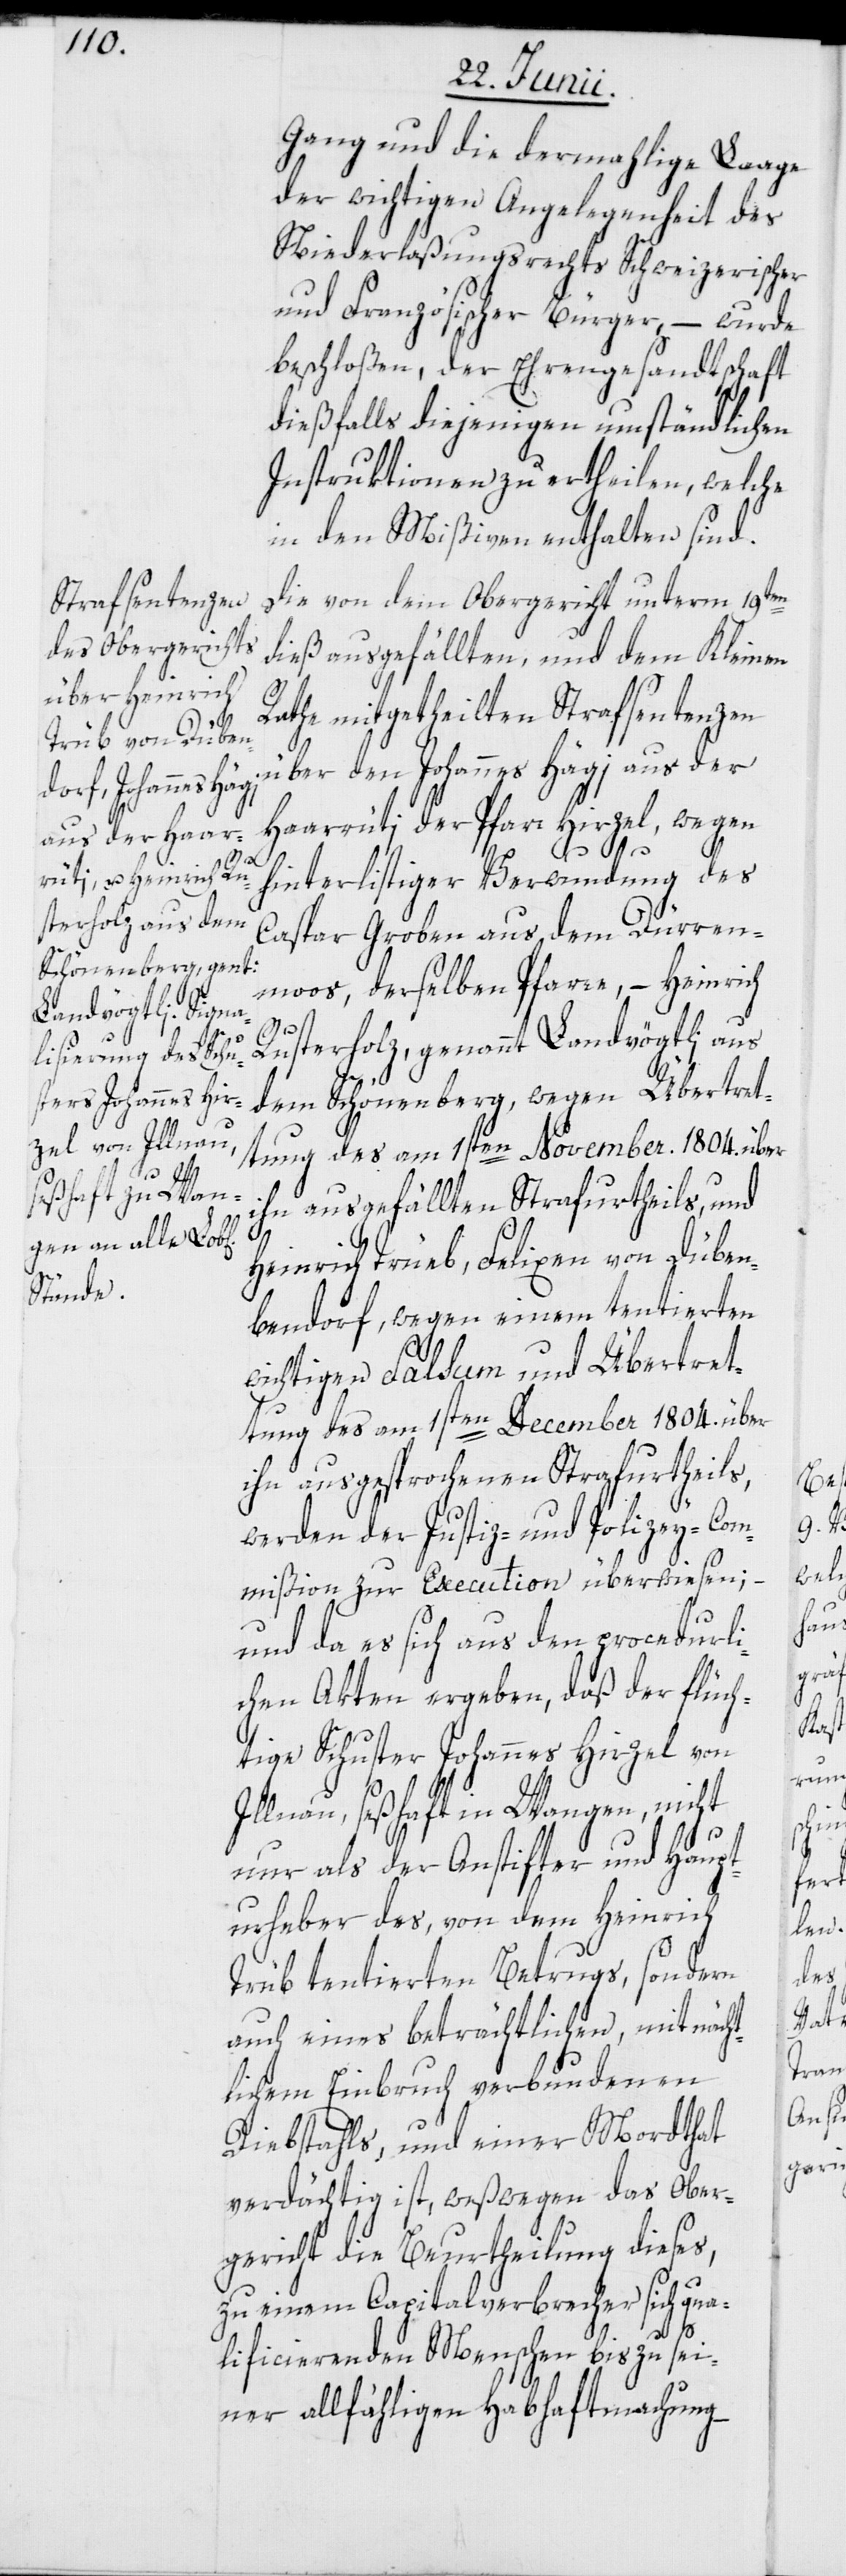
Gang und die dermahlige Laage
der wichtigen Angelegenheit des
Niederlaßungsrechts Schweizerischer
und Französischer Bürger, – wurde
beschloßen, der Ehrengesandtschaft
dießfalls diejenigen umständlichen
Instruktionen zu ertheilen, welche
in den Mißiven enthalten sind.
Die von dem Obergericht unterm 19ten
dieß ausgefällten, und dem Kleinen
Rathe mitgetheilten Strafsentenzen
über den Johannes Hägi aus der
Haarrüti der Pfarr Hirzel, wegen
hinterlistiger Verwundung des
Caspar Groben aus dem Dürren¬
moos, derselben Pfarre, – Heinrich
von
usterholz, genannt Landvögtli aus
dem Schönenberg, wegen Übertret¬
tung des am 1sten November 1804. über
ihn ausgefällten Strafurtheils, und
[sic!], wegen einem tentierten
wichtigen Falsum und Übertret¬
tung des am 1sten December 1804. über
ihn ausgesprochenen Strafurtheils,
werden der Justiz- und Polizey-Com¬
mißion zur Execution überwiesen;
und da es sich aus den procedurl¬
ichen Akten ergeben, daß der flüch¬
tige Schuster Johannes Hirzel von
Illnau, seßhaft in Wangen, nicht
nur als der Anstifter und Haupt¬
urheber des, von dem Heinrich
Trüb tentierten Betrugs, sondern
auch eines beträchtlichen, mit nächt¬
lichem Einbruch verbundenen
Diebstahls, und einer Mordthat
verdächtig ist, weßwegen das Ober¬
gericht die Beurtheilung dieses,
zu einem Capitalverbrecher sich qua¬
lificierenden Menschen bis zu sei¬
ner allfähligen Habhaftmachung